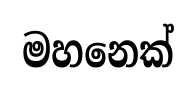
මහනෙක්